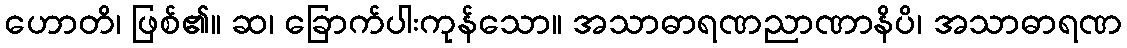
ဟောတိ၊ ဖြစ်၏။ ဆ၊ ခြောက်ပါးကုန်သော။ အသာဓာရဏညာဏာနိပိ၊ အသာဓာရဏ